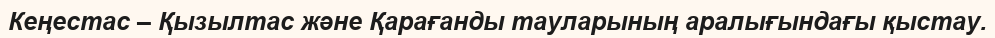
Кеңестас – Қызылтас және Қарағанды тауларының аралығындағы қыстау.